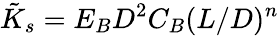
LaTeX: \tilde{K}_{s}=E_{B}D^{2}C_{B}(L/D)^{n}